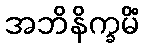
အဘိနိက္ခမိံ